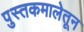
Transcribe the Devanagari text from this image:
पुस्तकमालेतून